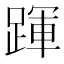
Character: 𨂱